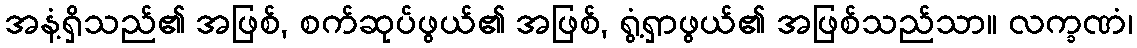
အနံ့ရှိသည်၏ အဖြစ်, စက်ဆုပ်ဖွယ်၏ အဖြစ်, ရွံ့ရှာဖွယ်၏ အဖြစ်သည်သာ။ လက္ခဏံ၊